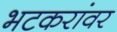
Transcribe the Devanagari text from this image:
भटकरांवर